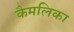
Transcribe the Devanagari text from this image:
कैमलिका